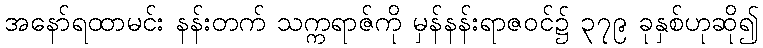
အနော်ရထာမင်း နန်းတက် သက္ကရာဇ်ကို မှန်နန်းရာဇဝင်၌ ၃၇၉ ခုနှစ်ဟုဆို၍